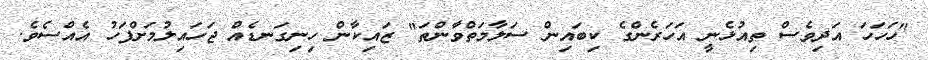
"ހަހަހަ އަދިވެސް ތިއުޅެނީ އަހަރެންގެ ކިބައިން ސަލާމަތްވާންތަ" ޒައިކާން ހިނިގަނޑެއް ޖަހައިލުމަށްފަހު އެއްސެވެ.